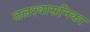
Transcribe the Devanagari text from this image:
जलश्वासनिका